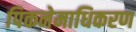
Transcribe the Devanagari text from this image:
पिकनेमाधिकरण